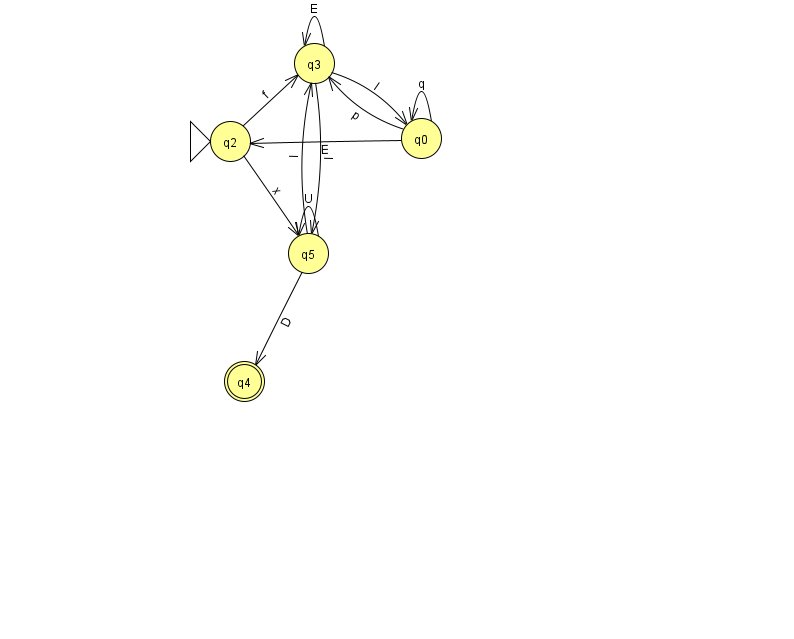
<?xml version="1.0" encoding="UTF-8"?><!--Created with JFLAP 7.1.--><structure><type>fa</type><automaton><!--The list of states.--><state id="0" name="q0"><x>421.0</x><y>125.0</y></state><state id="2" name="q2"><x>230.0</x><y>128.0</y><initial/></state><state id="3" name="q3"><x>314.0</x><y>50.0</y></state><state id="4" name="q4"><x>244.0</x><y>368.0</y><final/></state><state id="5" name="q5"><x>308.0</x><y>240.0</y></state><!--The list of transitions.--><transition><from>0</from><to>0</to><read>q</read></transition><transition><from>0</from><to>3</to><read>p</read></transition><transition><from>3</from><to>3</to><read>E</read></transition><transition><from>5</from><to>5</to><read>U</read></transition><transition><from>3</from><to>5</to><read>l</read></transition><transition><from>5</from><to>3</to><read>l</read></transition><transition><from>5</from><to>4</to><read>D</read></transition><transition><from>2</from><to>3</to><read>f</read></transition><transition><from>2</from><to>5</to><read>x</read></transition><transition><from>3</from><to>0</to><read>I</read></transition><transition><from>0</from><to>2</to><read>E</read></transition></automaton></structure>